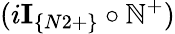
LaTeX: (i\textbf{I}_{\{ N2+\} }\circ\mathbb{N}^{+})